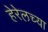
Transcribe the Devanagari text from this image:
हेरेलच्या